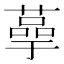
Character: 𫉞